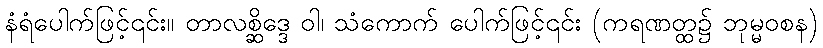
နံရံပေါက်ဖြင့်၎င်း။ တာလစ္ဆိဒ္ဒေ ဝါ၊ သံကောက် ပေါက်ဖြင့်၎င်း (ကရဏတ္ထ၌ ဘုမ္မဝစန)